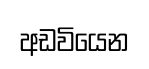
අඩවියෙන